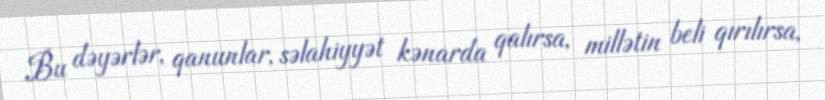
Bu dəyərlər, qanunlar, səlahiyyət kənarda qalırsa, millətin beli qırılırsa,